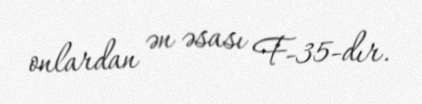
onlardan ən əsası F-35-dır.